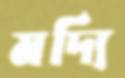
মদ্যি